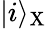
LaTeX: |i\rangle_{\mathrm{X}}